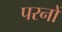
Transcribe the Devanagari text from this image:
परनों